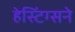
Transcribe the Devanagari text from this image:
हेस्टिंग्सने